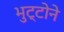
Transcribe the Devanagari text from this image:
भुट्टोने